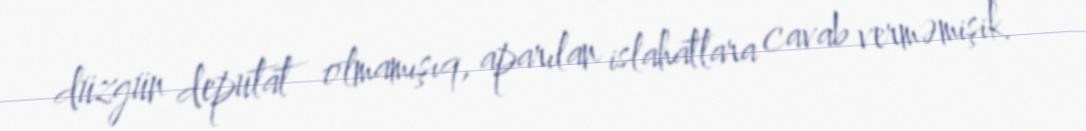
düzgün deputat olmamışıq, aparılan islahatlara cavab verməmişik.